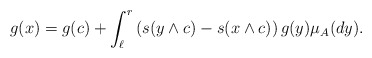
\begin{align*}g(x)=g(c)+\int_{\ell}^r\left(s(y\wedge c)-s(x\wedge c)\right) g(y)\mu_A(dy).\end{align*}